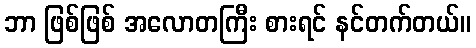
ဘာ ဖြစ်ဖြစ် အလောတကြီး စားရင် နင်တက်တယ်။